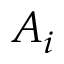
A _ { i }